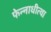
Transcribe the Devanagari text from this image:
फेन्नाधीत्था